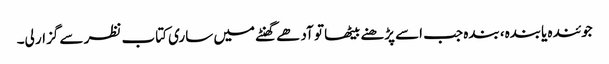
جوئندہ یابندہ، بندہ جب اسے پڑھنے بیٹھا تو آدھے گھنٹے میں ساری کتاب نظر سے گزار لی۔